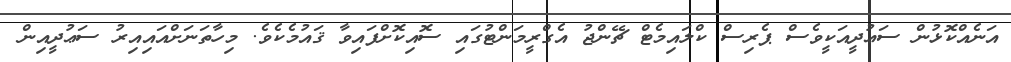
އަނެއްކޮޅުން ސަޢުދީއަކީވެސް ޕެރިސް ކްލައިމެޓް ޗޭންޖު އެގްރީމަންޓުގައި ސޮއިކޮށްފައިވާ ޤައުމެކެވެ. މިހާތަނަށްއައިއިރު ސަޢުދީއިން